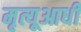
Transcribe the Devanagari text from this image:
मृत्यूआधी